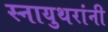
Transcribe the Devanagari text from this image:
स्नायुथरांनी